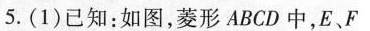
5.(1)已知：如图，菱形ABCD中，E、F